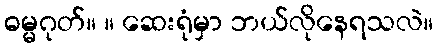
ဓမ္မဂုတ်။ ။ ဆေးရုံမှာ ဘယ်လိုနေရသလဲ။